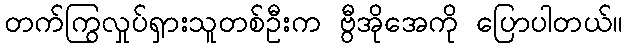
တက်ကြွလှုပ်ရှားသူတစ်ဦးက ဗွီအိုအေကို ပြောပါတယ်။